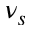
\nu _ { s }